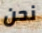
نحن